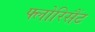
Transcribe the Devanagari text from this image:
फ्लोरिसैंट